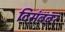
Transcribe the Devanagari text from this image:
दिसंबबर